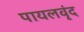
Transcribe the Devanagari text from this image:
पायलवृंद